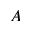
A